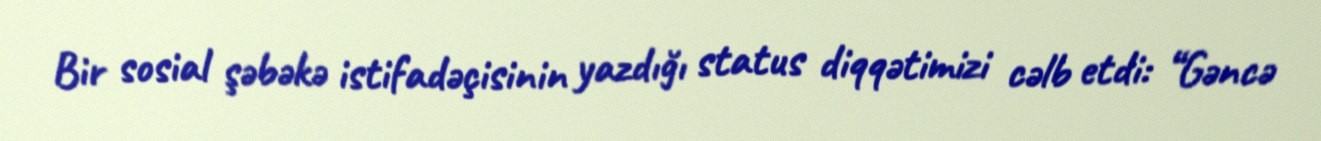
Bir sosial şəbəkə istifadəçisinin yazdığı status diqqətimizi cəlb etdi: “Gəncə